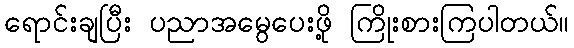
ရောင်းချပြီး ပညာအမွေပေးဖို့ ကြိုးစားကြပါတယ်။